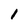
Character: 1